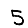
Digit: 5